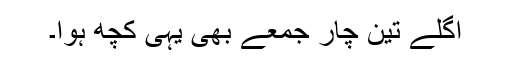
اگلے تین چار جمعے بھی یہی کچھ ہوا۔